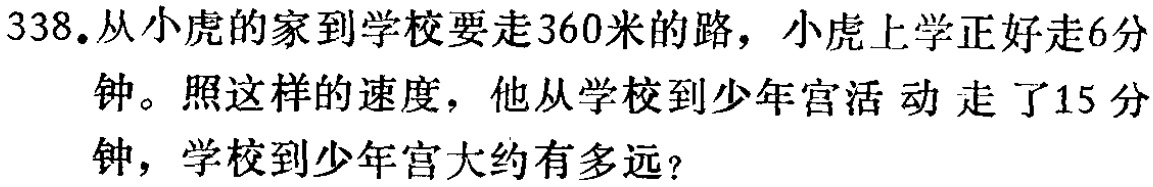
338.从小虎的家到学校要走360米的路，小虎上学正好走6分钟。照这样的速度，他从学校到少年宫活动走了15分钟，学校到少年宫大约有多远？